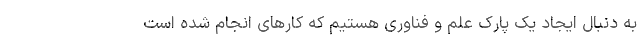
به دنبال ایجاد یک پارک علم و فناوری هستیم که کارهای انجام شده است